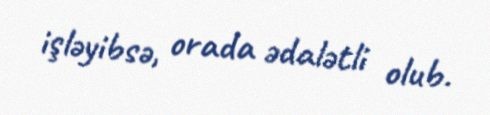
işləyibsə, orada ədalətli olub.